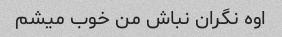
اوه نگران نباش من خوب میشم